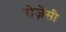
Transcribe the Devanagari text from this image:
रोज़ेंसी